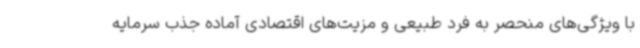
با ویژگی‌های منحصر به فرد طبیعی و مزیت‌های اقتصادی آماده جذب سرمایه